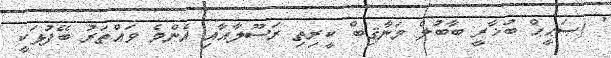
' (ޞަޙީޙް ބުޚާރީ ބާބުލް މަނާޤިބް ކީރިތި ރަސޫލާއާއި އެންމެ ވައްތަރު ބޭފުޅަކީ